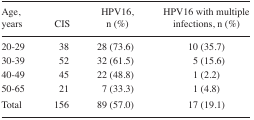
<table><thead><tr><td><b>Age, years</b></td><td><b>CIS</b></td><td><b>HPV16, n (%)</b></td><td><b>HPV16 with multiple infections, n (%)</b></td></tr></thead><tbody><tr><td>20–29</td><td>38</td><td>28 (73.6)</td><td>10 (35.7)</td></tr><tr><td>30–39</td><td>52</td><td>32 (61.5)</td><td>5 (15.6)</td></tr><tr><td>40–49</td><td>45</td><td>22 (48.8)</td><td>1 (2.2)</td></tr><tr><td>50–65</td><td>21</td><td>7 (33.3)</td><td>1 (4.8)</td></tr><tr><td>Total</td><td>156</td><td>89 (57.0)</td><td>17 (19.1)</td></tr></tbody></table>